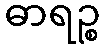
ဓာရဉ္စ